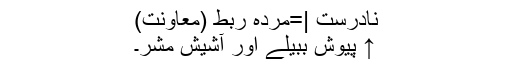
نادرست |=مردہ ربط (معاونت)
↑ پیوش ببیلے اور آشیش مشر۔